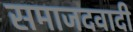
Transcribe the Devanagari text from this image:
समाजदवादी